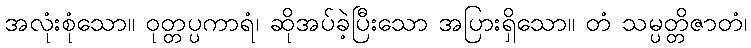
အလုံးစုံသော။ ဝုတ္တပ္ပကာရံ၊ ဆိုအပ်ခဲ့ပြီးသော အပြားရှိသော။ တံ သမ္ပတ္တိဇာတံ၊